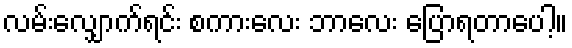
လမ်းလျှောက်ရင်း စကားလေး ဘာလေး ပြောရတာပေါ့။